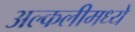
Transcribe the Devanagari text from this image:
अल्कलीमध्ये